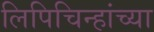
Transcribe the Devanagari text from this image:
लिपिचिन्हांच्या